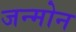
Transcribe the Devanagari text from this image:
जन्मोन